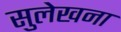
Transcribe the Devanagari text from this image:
सुलेखना